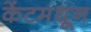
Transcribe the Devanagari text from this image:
केंटमधून